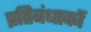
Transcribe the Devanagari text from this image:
प्रतिबंधाकों